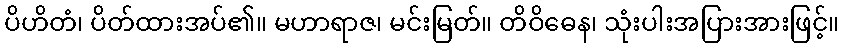
ပိဟိတံ၊ ပိတ်ထားအပ်၏။ မဟာရာဇ၊ မင်းမြတ်။ တိဝိဓေန၊ သုံးပါးအပြားအားဖြင့်။